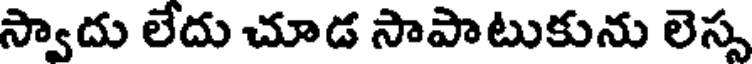
స్వాదు లేదు చూడ సాపాటుకును లెస్స